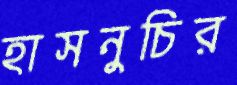
হাসনুচির